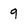
Character: 9